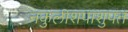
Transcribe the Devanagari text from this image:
नकुलीशपाशुपत